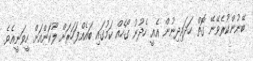
ބޭނުންކުރެވޭނޭ ގޮތް ހަދައިދިނުން އެއީ ހެދުނު ގޯހެއް ކަމުގައި ބައެއްފަހަރަށް ލޫކަންއަށް ހީވަނީއެވެ.